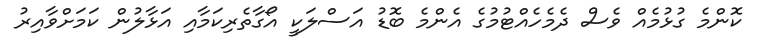
ކޮންމެ ގުޅުމެއް ވެސް ދެމެހެއްޓުމުގެ އެންމެ ބޮޑު އަސްލަކީ އޯގާތެރިކަމާއި އަޅާލުން ކަމަށްވާއިރު